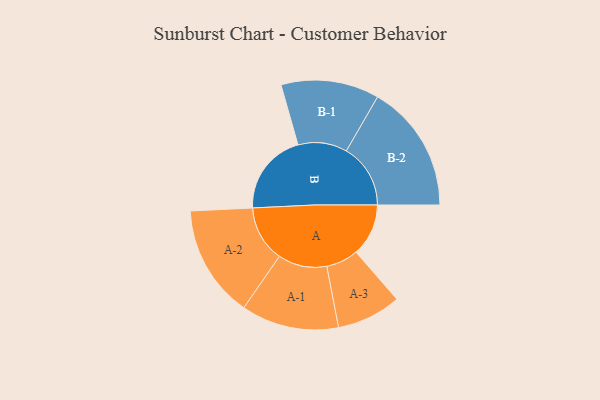
{"axis": {"x": "Segment", "y": "Value"}, "legend": ["", "A", "B"], "data": [{"x": "A", "y": 205, "type": ""}, {"x": "B", "y": 322, "type": ""}, {"x": "A-1", "y": 191, "type": "A"}, {"x": "A-2", "y": 220, "type": "A"}, {"x": "A-3", "y": 126, "type": "A"}, {"x": "B-1", "y": 192, "type": "B"}, {"x": "B-2", "y": 251, "type": "B"}]}